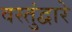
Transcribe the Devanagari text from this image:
वस्तुंद्वारे